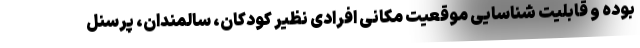
بوده و قابلیت شناسایی موقعیت مکانی افرادی نظیر کودکان، سالمندان، پرسنل